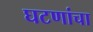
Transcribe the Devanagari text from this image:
घटणांचा